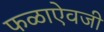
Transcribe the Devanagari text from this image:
फळाऐवजी